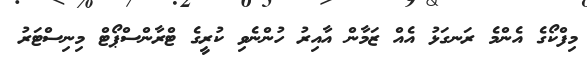
މިފްކޯގެ އެންމެ ރަނގަޅު އެއް ޒަމާން އާއިރު ހުންނެވި ކުރީގެ ޓްރާންސްޕޯޓް މިނިސްޓަރު